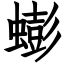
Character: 蟛